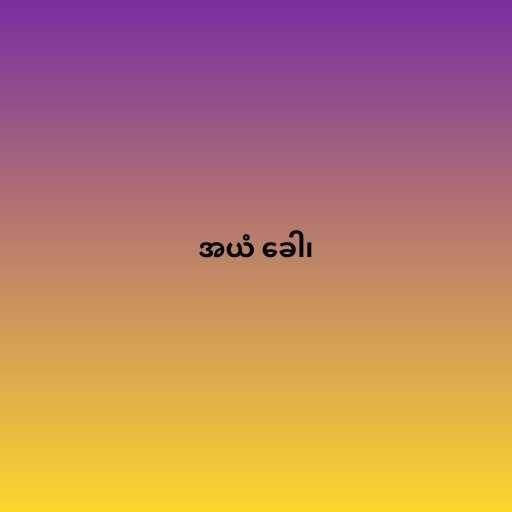
အယံ ခေါ၊